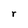
Character: r